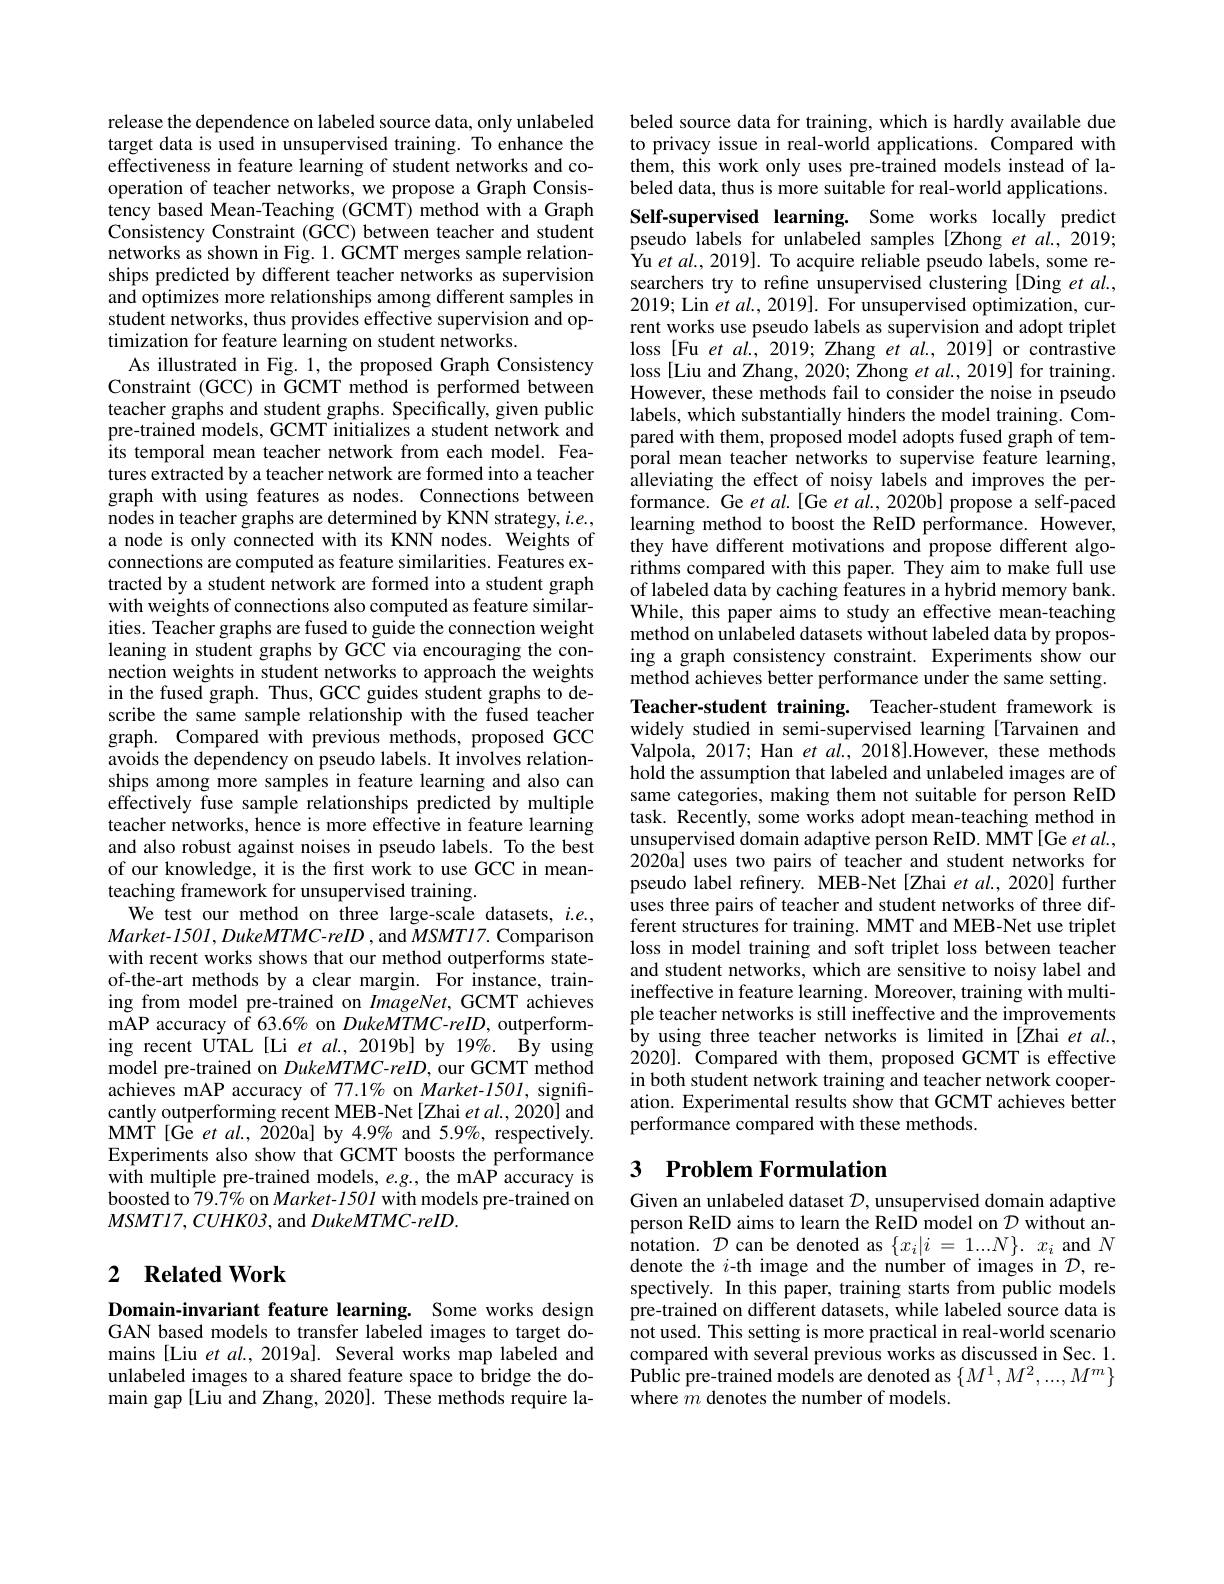
release the dependence on labeled source data, only unlabeled target data is used in unsupervised training. To enhance the effectiveness in feature learning of student networks and cooperation of teacher networks, we propose a Graph Consistency based Mean-Teaching (GCMT) method with a Graph Consistency Constraint (GCC) between teacher and student networks as shown in Fig. 1. GCMT merges sample relationships predicted by different teacher networks as supervision and optimizes more relationships among different samples in student networks, thus provides effective supervision and optimization for feature learning on student networks.
As illustrated in Fig. 1, the proposed Graph Consistency Constraint (GCC) in GCMT method is performed between teacher graphs and student graphs. Specifically, given public pre-trained models, GCMT initializes a student network and its temporal mean teacher network from each model. Features extracted by a teacher network are formed into a teacher graph with using features as nodes. Connections between nodes in teacher graphs are determined by KNN strategy, $i.e.$, a node is only connected with its KNN nodes. Weights of connections are computed as feature similarities. Features extracted by a student network are formed into a student graph with weights of connections also computed as feature similarities. Teacher graphs are fused to guide the connection weight leaning in student graphs by GCC via encouraging the connection weights in student networks to approach the weights in the fused graph. Thus, GCC guides student graphs to describe the same sample relationship with the fused teacher graph. Compared with previous methods, proposed GCC avoids the dependency on pseudo labels. It involves relationships among more samples in feature learning and also can effectively fuse sample relationships predicted by multiple teacher networks, hence is more effective in feature learning and also robust against noises in pseudo labels. To the best of our knowledge, it is the first work to use GCC in meanteaching framework for unsupervised training.
We test our method on three large-scale datasets, $i.e.$, $Market-1501,DukeMTMC-reID$ , and $MSMTI7.$ Comparison with recent works shows that our method outperforms stateof-the-art methods by a clear margin. For instance, training from model pre-trained on $ImageNet$, GCMT achieves mAP accuracy of 63.6% on DukeMTMC-reID, outperforming recent UTAL[Li et al., 2019b] by 19%. By using model pre-trained on DukeMTMC-reID, our GCMT method achieves mAP accuracy of 77.1% on Market-1501, significantly outperforming recent MEB-Net [Zhai et al., 2020] and MMT [ Ge et al. , 2020a] by 4. 9$\%$ and 5. 9$\%$, respectively. Experiments also show that GCMT boosts the performance with multiple pre-trained models, $e.g.$, the mAP accuracy is boosted to 79.7% on Market- 1501 with models pre-trained on $MSMT17,CUHKO3$, and DukeMTMC-reID.

## 2 $\textbf{Related Work}$

Domain-invariant feature learning. Some works design GAN based models to transfer labeled images to target domains [Liu et al., 2019a]. Several works map labeled and unlabeled images to a shared feature space to bridge the domain gap[Liu and Zhang, 2020]. These methods require la-

beled source data for training, which is hardly available due to privacy issue in real-world applications. Compared with them, this work only uses pre-trained models instead of labeled data, thus is more suitable for real-world applications. Self-supervised learning. Some works locally predict pseudo labels for unlabeled samples [Zhong et al., 2019; Yu et al., 2019]. To acquire reliable pseudo labels, some researchers try to refine unsupervised clustering [Ding et al., 2019; Lin et $al.,2019].$ For unsupervised optimization, current works use pseudo labels as supervision and adopt triplet loss [Fu et al., 2019; Zhang et al., 2019] or contrastive loss [Liu and Zhang, 2020; Zhong et al., 2019] for training. However, these methods fail to consider the noise in pseudo labels, which substantially hinders the model training. Compared with them, proposed model adopts fused graph of temporal mean teacher networks to supervise feature learning, alleviating the effect of noisy labels and improves the performance. Ge et al.[Ge et al., 2020b] propose a self-paced learning method to boost the ReID performance. However, they have different motivations and propose different algorithms compared with this paper. They aim to make full use of labeled data by caching features in a hybrid memory bank. While, this paper aims to study an effective mean-teaching method on unlabeled datasets without labeled data by proposing a graph consistency constraint. Experiments show our method achieves better performance under the same setting. Teacher-student training. Teacher-student framework is widely studied in semi-supervised learning [Tarvainen and Valpola, 2017; Han et al., 2018].However, these methods hold the assumption that labeled and unlabeled images are of same categories, making them not suitable for person ReID task. Recently, some works adopt mean-teaching method in unsupervised domain adaptive person ReID. MMT [Ge et al., 2020a] uses two pairs of teacher and student networks for pseudo label refinery. MEB-Net[Zhai et al., 2020] further uses three pairs of teacher and student networks of three different structures for training. MMT and MEB-Net use triplet loss in model training and soft triplet loss between teacher and student networks, which are sensitive to noisy label and ineffective in feature learning. Moreover, training with multiple teacher networks is still ineffective and the improvements by using three teacher networks is limited in [Zhai et al., 2020]. Compared with them, proposed GCMT is effective in both student network training and teacher network cooperation. Experimental results show that GCMT achieves better performance compared with these methods.

### 3 $\textbf{Problem Formulation}$

Given an unlabeled dataset $\mathcal{D}$, unsupervised domain adaptive person ReID aims to learn the ReID model on $\mathcal{D}$ without annotation. $\mathcal{D}$ can be denoted as $\{x_i|i=1...N\}.x_i$ and $N$ denote the $i$-th image and the number of images in $\mathcal{D}$, respectively. In this paper, training starts from public models pre-trained on different datasets, while labeled source data is not used. This setting is more practical in real-world scenario compared with several previous works as discussed in Sec. 1. $\hat{\text{Public pre-trained models are denoted as}}\left\{M^{1},M^{2},...,M^{m}\right\}$ where $m$ denotes the number of models.